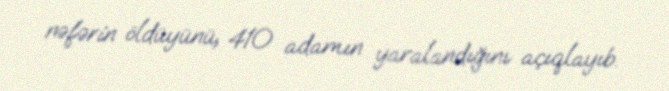
nəfərin öldüyünü, 410 adamın yaralandığını açıqlayıb.